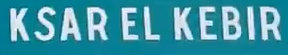
KSAR EL KEBIR